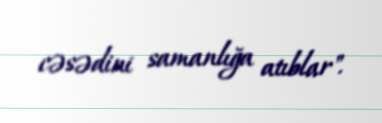
cəsədini samanlığa atıblar".